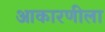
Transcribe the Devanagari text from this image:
आकारणीला